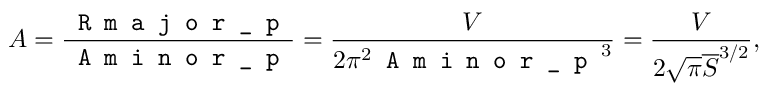
A = \frac { \texttt { R m a j o r \_ p } } { \texttt { A m i n o r \_ p } } = \frac { V } { 2 \pi ^ { 2 } \texttt { A m i n o r \_ p } ^ { 3 } } = \frac { V } { 2 \sqrt { \pi } \overline { S } ^ { 3 / 2 } } ,